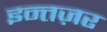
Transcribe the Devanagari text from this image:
इन्तज़र